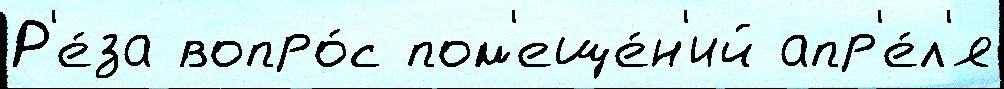
Р'е́за вопро́с пом'еще́н'ий апр'е́л'я